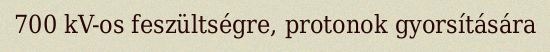
700 kV-os feszültségre, protonok gyorsítására